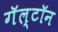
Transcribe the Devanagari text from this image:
गॅल्टॉन